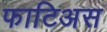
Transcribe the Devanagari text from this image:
फाटिअस